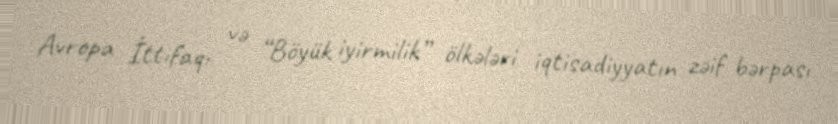
Avropa İttifaqı və “Böyük iyirmilik” ölkələri iqtisadiyyatın zəif bərpası